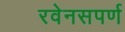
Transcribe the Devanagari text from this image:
रवेनसपर्ण